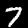
Label: 7